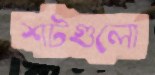
শটগুলো